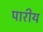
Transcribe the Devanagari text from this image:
पारीय